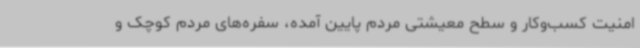
امنیت کسب‌وکار و سطح معیشتی مردم پایین آمده، سفره‌های مردم کوچک‌ و